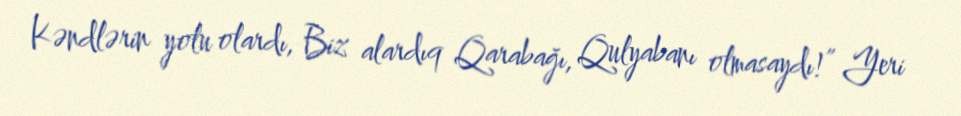
Kəndlərin yolu olardı, Biz alardıq Qarabağı, Qulyabanı olmasaydı!” Yeri